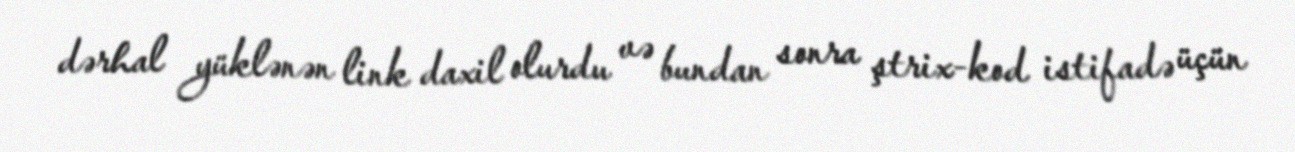
dərhal yüklənən link daxil olurdu və bundan sonra ştrix-kod istifadə üçün